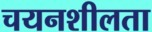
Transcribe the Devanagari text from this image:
चयनशीलता